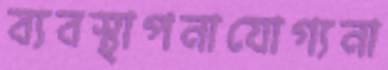
ব্যবস্থাপনাযোগ্যনা